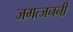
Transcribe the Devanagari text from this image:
जगत्जननी